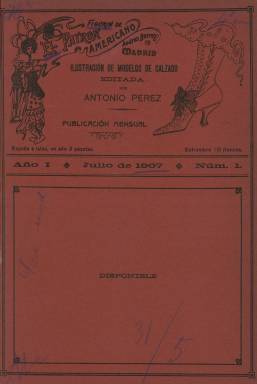
Título: Figurín de El Patrón americano
Colección: Moda
Ámbito geográfico: Madrid
Lugar de publicación: Madrid
Fechas: 01/07/1907-31/12/1908